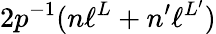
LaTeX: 2p^{-1}(n\ell^{L}+n^{\prime}\ell^{L^{\prime}})